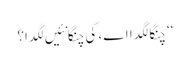
‘‘ چنگا لگدا اے، کی چنگا نئیں لگدا؟